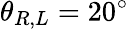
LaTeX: {\theta_{R,L}}=20^{\circ}